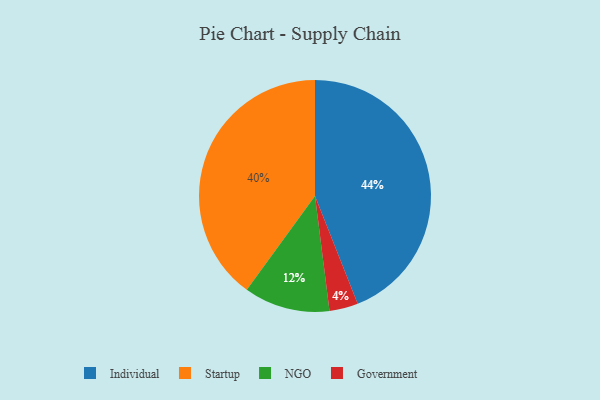
{"axis": {"x": "Category", "y": "Percentage"}, "legend": ["Government", "Individual", "NGO", "Startup"], "data": [{"x": "Government", "y": 4, "type": "Government"}, {"x": "Individual", "y": 44, "type": "Individual"}, {"x": "Startup", "y": 40, "type": "Startup"}, {"x": "NGO", "y": 12, "type": "NGO"}]}